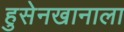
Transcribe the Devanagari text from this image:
हुसेनखानाला